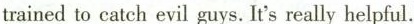
trained to catch evil guys. It's really helpful.